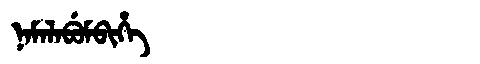
Manchu: ᠨᠠᠮᠠᠯᠠᠪᡠᠮᠪᡳᡥᡝ
Romanization: NAMALABUMBIHE